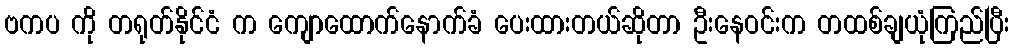
ဗကပ ကို တရုတ်နိုင်ငံ က ကျောထောက်နောက်ခံ ပေးထားတယ်ဆိုတာ ဦးနေဝင်းက တထစ်ချယုံကြည်ပြီး